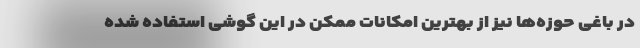
در باغی حوزه‌ها نیز از بهترین امکانات ممکن در این گوشی استفاده شده